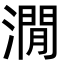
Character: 㵎